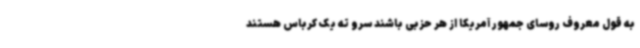
به قول معروف روسای جمهور آمریکا از هر حزبی باشند سرو ته یک کرباس هستند